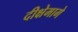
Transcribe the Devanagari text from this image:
दीक्षेमागे